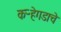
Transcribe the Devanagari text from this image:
कऱ्हेगडाचे